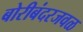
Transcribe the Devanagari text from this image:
बोरीबंदरजवळ